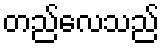
တည်လေသည်